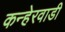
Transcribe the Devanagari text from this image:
कन्हेरवाडी